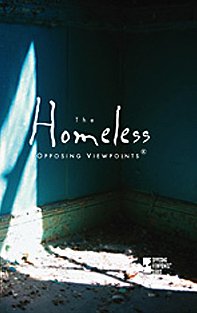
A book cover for The Homeless (Opposing Viewpoints); Louise I. Gerdes; Teen & Young Adult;